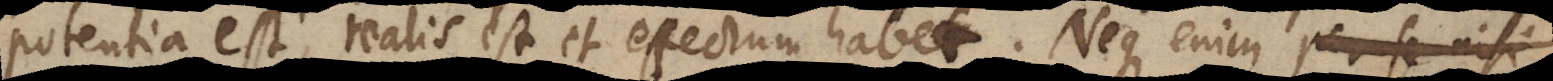
potentia est, realis est et effectum habet. Neque enim per se nisi